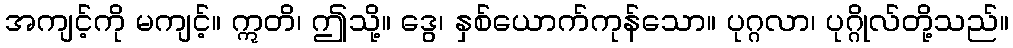
အကျင့်ကို မကျင့်။ ဣတိ၊ ဤသို့။ ဒွေ၊ နှစ်ယောက်ကုန်သော။ ပုဂ္ဂလာ၊ ပုဂ္ဂိုလ်တို့သည်။